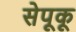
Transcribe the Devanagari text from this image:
सेपूकू